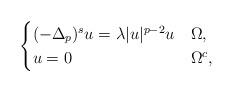
LaTeX: \begin{align*}\begin{cases}(-\Delta_p)^su=\lambda |u|^{p-2}u & \Omega,\\u=0 & \Omega^c,\end{cases}\end{align*}